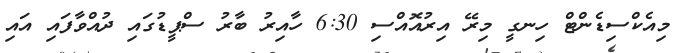
މިއެކްސިޑެންޓް ހިނގީ މިރޭ އިރުއޮއްސި 6:30 ހާއިރު ބާރު ސްޕީޑުގައި ދުއްވާފައި އައި